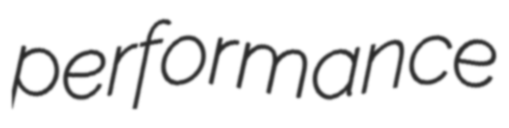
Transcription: performance